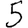
Digit: 5